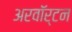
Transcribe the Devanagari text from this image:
अरवॉर्टन